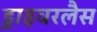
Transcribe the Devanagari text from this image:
ड्राइवरलैस